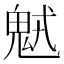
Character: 𩲭